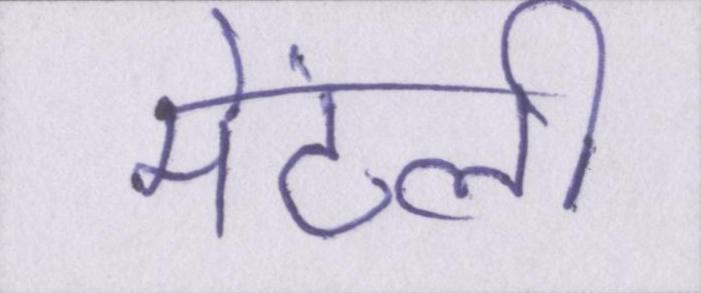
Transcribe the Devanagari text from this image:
मेंटली